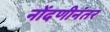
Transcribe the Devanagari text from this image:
नोंदणीनंतर